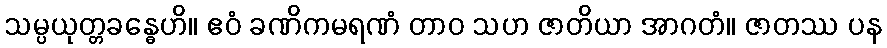
သမ္ပယုတ္တခန္ဓေဟိ။ ဧဝံ ခဏိကမရဏံ တာဝ သဟ ဇာတိယာ အာဂတံ။ ဇာတဿ ပန